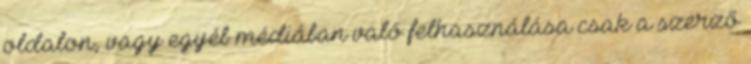
oldalon, vagy egyéb médiában való felhasználása csak a szerző